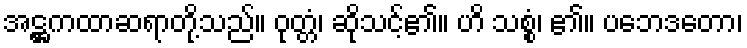
အဋ္ဌကထာဆရာတို့သည်။ ဝုတ္တံ၊ ဆိုသင့်၏။ ဟိ သစ္စံ၊ ၏။ ပဘေဒတော၊